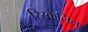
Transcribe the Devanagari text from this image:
रिस्कैलिन